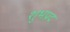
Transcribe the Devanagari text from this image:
शुभप्रद